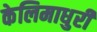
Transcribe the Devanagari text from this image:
केलिमाधुरी